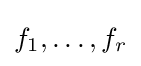
f_{1},\dots ,f_{r}